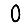
Digit: 0